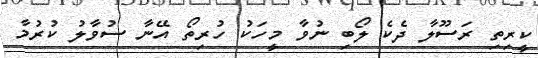
ކީރިތި ރަސޫލާ ދެކެ ލޯބި ނުވާ މީހަކު ހުރިތޯ އޭނާ ސުވާލު ކުރުމާ